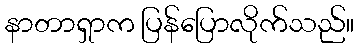
နာတာရှာက ပြန်ပြောလိုက်သည်။